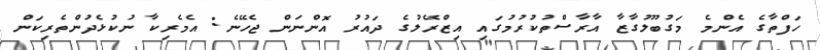
ހަފްތާގެ އެންމެ މަގުބޫލުގާޒާ އާރާސްތުކުރުމުގައި އިޒްރޭލުގެ ދައުރު އޮންނަން ޖެހޭނެ: އެމެރިކާ ނުކުޅެދުންތެރިކަން